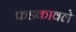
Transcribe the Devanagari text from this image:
फडकावले